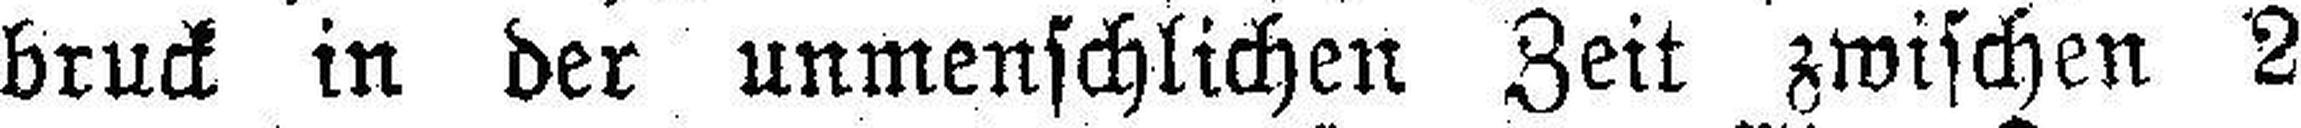
bruck in der unmenschlichen Zeit zwischen 2